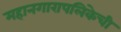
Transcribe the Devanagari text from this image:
महानगारापलिकेची